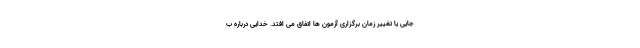
جایی یا تغییر زمان برگزاری آزمون ها اتفاق می افتد. خدایی درباره ب